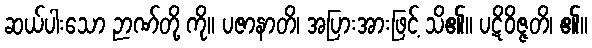
ဆယ်ပါးသော ဉာဏ်တို့ ကို။ ပဇာနာတိ၊ အပြားအားဖြင့် သိ၏။ ပဋိဝိဇ္ဇတိ၊ ၏။